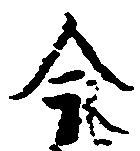
今